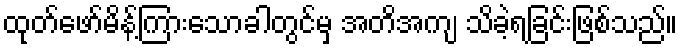
ထုတ်ဖော်မိန့်ကြားသောခါတွင်မှ အတိအကျ သိခဲ့ရခြင်းဖြစ်သည်။